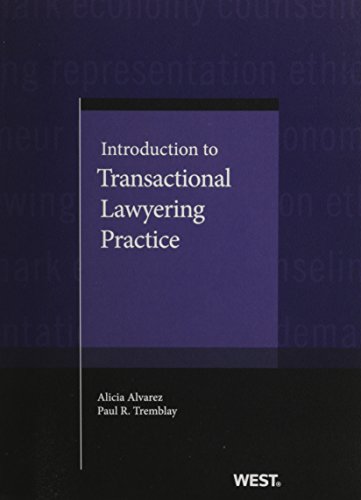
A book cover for Introduction to Transactional Lawyering Practice (American Casebook Series); Alicia Alvarez; Law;